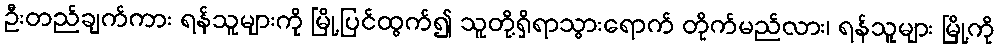
ဦးတည်ချက်ကား ရန်သူများကို မြို့ပြင်ထွက်၍ သူတို့ရှိရာသွားရောက် တိုက်မည်လား၊ ရန်သူများ မြို့ကို